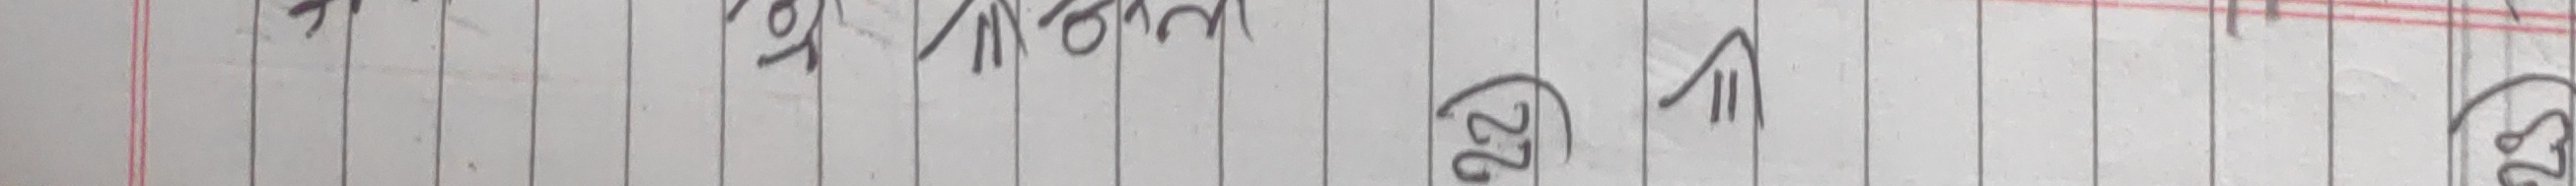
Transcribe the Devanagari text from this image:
प्र० १९. जगरनाथको (२०) प्र० २०. बङ्गालको शिकार (२१) प्र० २१. प्रजातान्त्रिक व्यवस्था (२२) प्र० २२. पृथ्वीनारायण शाहका अष्टप्रधान (२३)